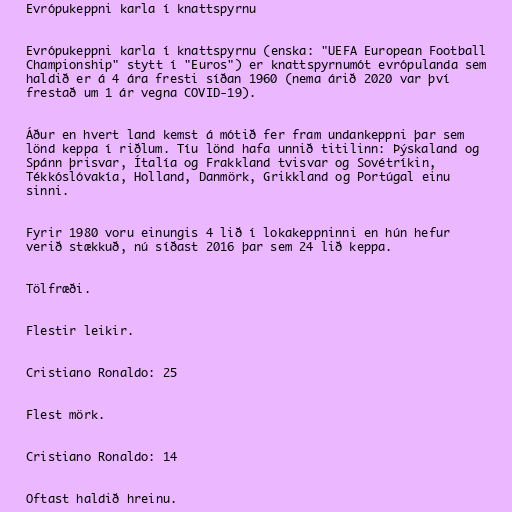
Evrópukeppni karla í knattspyrnu

Evrópukeppni karla í knattspyrnu (enska: "UEFA European Football
Championship" stytt í "Euros") er knattspyrnumót evrópulanda sem
haldið er á 4 ára fresti síðan 1960 (nema árið 2020 var því
frestað um 1 ár vegna COVID-19).

Áður en hvert land kemst á mótið fer fram undankeppni þar sem
lönd keppa í riðlum. Tíu lönd hafa unnið titilinn: Þýskaland og
Spánn þrisvar, Ítalía og Frakkland tvisvar og Sovétríkin,
Tékkóslóvakía, Holland, Danmörk, Grikkland og Portúgal einu
sinni.

Fyrir 1980 voru einungis 4 lið í lokakeppninni en hún hefur
verið stækkuð, nú síðast 2016 þar sem 24 lið keppa.

Tölfræði.

Flestir leikir.

Cristiano Ronaldo: 25

Flest mörk.

Cristiano Ronaldo: 14

Oftast haldið hreinu.